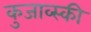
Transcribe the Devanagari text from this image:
कुजाव्स्की